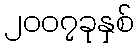
၂၀၀၇ခုနှစ်